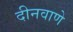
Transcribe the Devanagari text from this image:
दीनवाणे